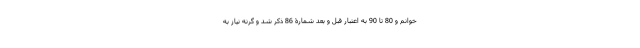
خوانم و 80 تا 90 به اعتبار قبل و بعد شمارۀ 86 ذکر شد و گرنه نیاز به